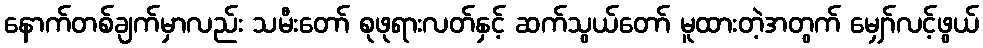
နောက်တစ်ချက်မှာလည်း သမီးတော် စုဖုရားလတ်နှင့် ဆက်သွယ်တော် မူထားတဲ့အတွက် မျှော်လင့်ဖွယ်